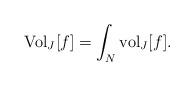
LaTeX: \begin{align*}{\rm Vol}_{J} [f] = \int_{N} {\rm vol}_{J} [f].\end{align*}